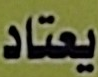
يعتاد